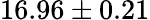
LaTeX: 16.96\pm 0.21